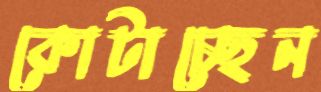
কোটাচ্ছেন